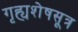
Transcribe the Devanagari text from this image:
गृह्यशेषसूत्र